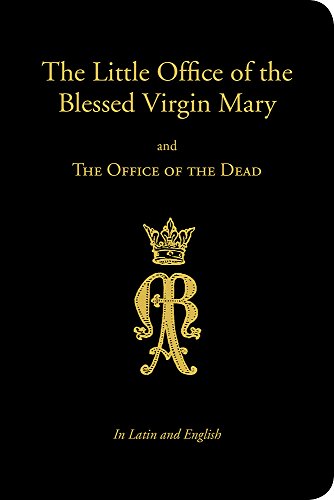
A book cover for The Little Office of the Blessed Virgin Mary and Office of the Dead; Angelus Press; Christian Books & Bibles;